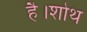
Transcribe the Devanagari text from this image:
है।शोथ